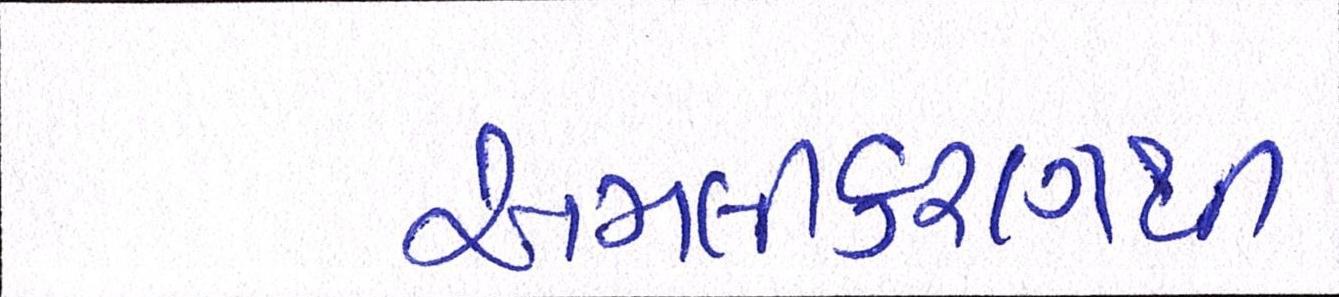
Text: અમલીકરણથી